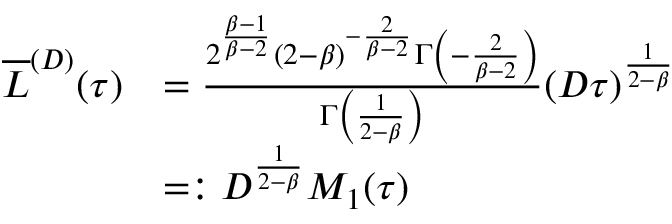
\begin{array} { r l } { \overline { { L } } ^ { ( D ) } ( \tau ) } & { = \frac { 2 ^ { \frac { \beta - 1 } { \beta - 2 } } ( 2 - \beta ) ^ { - \frac { 2 } { \beta - 2 } } \Gamma \left( - \frac { 2 } { \beta - 2 } \right) } { \Gamma \left( \frac { 1 } { 2 - \beta } \right) } ( D \tau ) ^ { \frac { 1 } { 2 - \beta } } } \\ & { = : D ^ { \frac { 1 } { 2 - \beta } } M _ { 1 } ( \tau ) } \end{array}